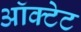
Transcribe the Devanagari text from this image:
ऑक्टेट